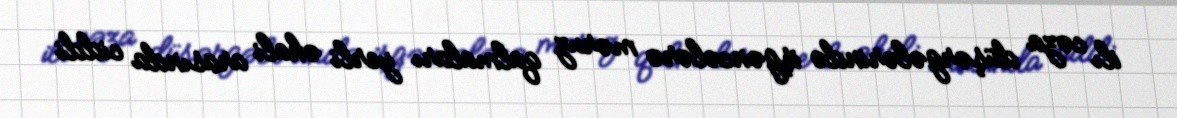
ilı cəza düşərgələrində işgəncələrə məruz qalmaları yerli əhali arasında ciddi